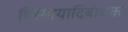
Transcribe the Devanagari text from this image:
विस्मायादिबोधक